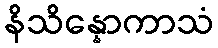
နိသိန္နောကာသံ